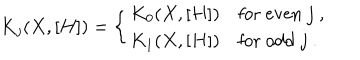
K _ { j } ( X , [ H ] ) = \left\{ \begin{array} { r l } { { K _ { 0 } ( X , [ H ] ) } } & { { \mathrm { f o r ~ e v e n ~ } j \ , } } \\ { { K _ { 1 } ( X , [ H ] ) } } & { { \mathrm { f o r ~ o d d ~ } j \ . } } \\ \end{array} \right.